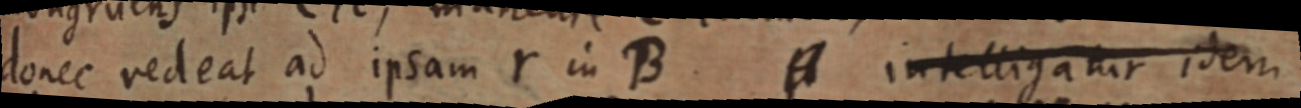
donec redeat ad ipsam Y in B. A intelligatur idem